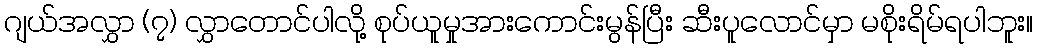
ဂျယ်အလွှာ (၇) လွှာတောင်ပါလို့ စုပ်ယူမှုအားကောင်းမွန်ပြီး ဆီးပူလောင်မှာ မစိုးရိမ်ရပါဘူး။